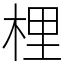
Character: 梩